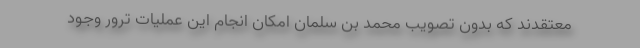
معتقدند که بدون تصویب محمد بن سلمان امکان انجام این عملیات ترور وجود